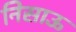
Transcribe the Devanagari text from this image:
निसाऊ